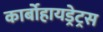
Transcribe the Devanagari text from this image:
कार्बोहायड्रेट्रस